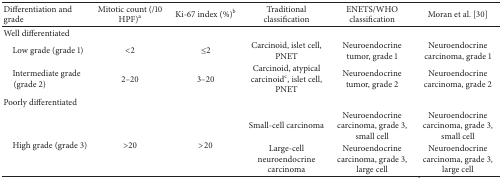
<table><thead><tr><td><b>Differentiation and grade</b></td><td><b>Mitotic count (/10 HPF)<sup>a</sup></b></td><td><b>Ki-67 index (%)<sup>b</sup></b></td><td><b>Traditional classification</b></td><td><b>ENETS/WHO classification</b></td><td><b>Moran et al. [30]</b></td></tr></thead><tbody><tr><td>Well differentiated</td><td> </td><td> </td><td> </td><td> </td><td> </td></tr><tr><td> Low grade (grade 1)</td><td>&lt;2</td><td>≤2</td><td>Carcinoid, islet cell, PNET</td><td>Neuroendocrine tumor, grade 1</td><td>Neuroendocrine carcinoma, grade 1</td></tr><tr><td> Intermediate grade (grade 2)</td><td>2–20</td><td>3–20</td><td>Carcinoid, atypical carcinoid<sup>c</sup>, islet cell, PNET</td><td>Neuroendocrine tumor, grade 2</td><td>Neuroendocrine carcinoma, grade 2</td></tr><tr><td>Poorly differentiated</td><td> </td><td> </td><td> </td><td> </td><td> </td></tr><tr><td rowspan="2"> High grade (grade 3)</td><td rowspan="2">&gt;20</td><td rowspan="2">&gt;20</td><td>Small-cell carcinoma</td><td>Neuroendocrine carcinoma, grade 3, small cell</td><td>Neuroendocrine carcinoma, grade 3, small cell</td></tr><tr><td>Large-cell neuroendocrine carcinoma</td><td>Neuroendocrine carcinoma, grade 3, large cell</td><td>Neuroendocrine carcinoma, grade 3, large cell</td></tr></tbody></table>